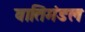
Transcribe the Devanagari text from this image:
वातिमंडल